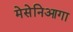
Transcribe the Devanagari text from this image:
मेसेनिआगा